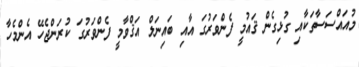
މުއައްސަސާތަކާއި ގުޅިގެން ޤައުމީ ފެންވަރުގަ އާއި ބައިނަލް އަޤްވާމީ ފެންވަރުގަ ކުރަންޖެހޭ އެންމެހާ